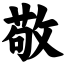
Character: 敬